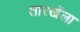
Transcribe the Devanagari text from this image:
तारखेंला